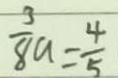
\frac { 3 } { 8 } a = \frac { 4 } { 5 }